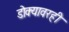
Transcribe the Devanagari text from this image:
डोक्यावरही